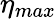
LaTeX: \eta_{max}